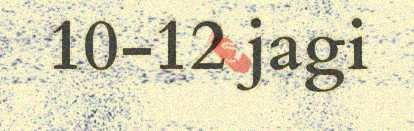
10-12 jagi